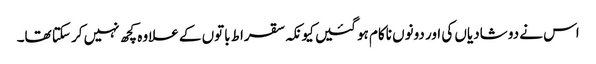
اس نے دو شادیاں کی اور دونوں ناکام ہو گئیں کیونکہ سقراط باتوں کے علاوہ کچھ نہیں کر سکتا تھا۔